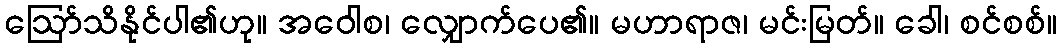
ဩော်သိနိုင်ပါ၏ဟု။ အဝေါစ၊ လျှောက်ပေ၏။ မဟာရာဇ၊ မင်းမြတ်။ ခေါ၊ စင်စစ်။